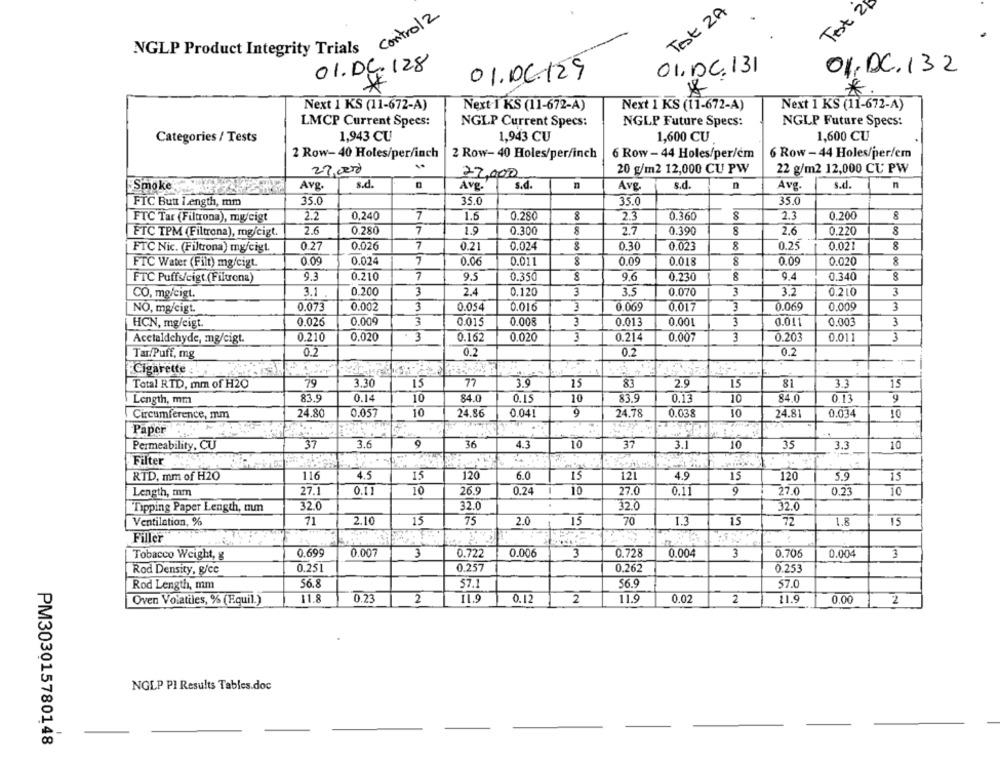
Test 24
Test 2A
NGLP Product Integrity Trials control2
01. DE. 128
01.02.131
01.DC.132
01.06.129
*
Next 1 KS (11-672-A)
Next 1 KS (11-672-A)
Next 1 KS (11-672-A)
Next 1 KS (11-672-A)
COME
LMCP Current Specs:
NGLP Current Specs:
NGLP Future Specs:
NGLP Future Specs:
1,943 CU
1,943 CU
1,600 CU
1,600 CU
Categories / Tests
2 Row- 40 Holes/per/inch
6 Row - 44 Holes/per/cm
6 Row - 44 Holes/per/em
2 Row- 40 Holes/per/inch
20 g/m2 12,000 CU PW
22 g/m2 12,000 CU PW
27,0000
22,000
s.d.
Smoke
Avg.
AVE.'
s.d.
Avg
s.d.
n
Avg.
s.d.
n
FTC Butt Length, mm
35.0
35.0
35.0
35.0
7
8
FTC Tar (Filtrona), my/cigt
2.2
0,240
1.6
0.280
8
2.3
0.360
2.3
0.200
2.6
0.280
7
8
8
ETC TPM (Filtrona), mg/cigt.
1.9
0.300
2.7
0.390
2.6
0.220
0.27
0.026
7
0.024
0.30
0.25
0.021
8
FTC Nic. (Filtrona) my/cigt.
0.21
8
0.023
8
0.09
0.024
7
0.06
0.011
0.09
0.09
8
FTC Water (Filt) mg/cigt.
8
0.018
8
0.020
7
9.6
9.4
0.340
8
FTC Puffs/cigt (Filtrona)
9.3
0.210
9.5
0.350
8
0.230
8
3
3
CO, mg/cigt.
3.1
0.200
2.4
0.120
3
3.5
0.070
3
3.2
0.210
0.073
0.002
3
0.054
0.016
3
0.069
0.017
0.069
0.009
3
NO, mg/cigt.
3
0.026
0.009
3
0.015
0.008
3
0.013
0.001
3
0.011
0.003
3
HCN, mg/cigt.
3
0.162
0.214
3
Acetaldehyde, mg/cigt.
0.210
0.020
0.020
3
0.007
3
0.203
0.011
0.2
0.2
0.2
0.2
Tar/Puff, mg
Cigarette
79
3.30
15
77
83
15
15
Total RTD, mm of H2O
3.9
15
2.9
81
3.3
83.9
0.14
10
84.0
0.15
10
83.5
0.13
10
84.0
0.13
Length, mm
24.80
0.057
10
24.86
0.041
24.78
0.038
10
24.81
0.034
10
Circumference, mm
Paper
37
9
36
4.3
10
37
10
Permeability, CU
3.6
3.1
35
3.3
10
Filter
4.5
120
6.0
15
120
RTD, mm of H2O
116
15
121
4.9
15
5.9
15
26.9
0.24
10
Length, mm
27.1
0.11
10
27.0
0.11
9
27.0
0.23
10
32.0
32.0
32.0
Tipping Paper Length, mm
32.0
71
15
75
2.0
70
15
Ventilation, %
2.10
15
1.3
72
1.8
15
Filler
0.007
0.006
0.728
Tobacco Weight, g
0.699
3
0.722
3
0.004
3
0.705
0.004
3
0.257
Rod Density, g/cc
0.25L
0,262
0.253
Rod Length, mm
56.8
57.1
56.9
57.0
Oven Volatiles, % (E.quil.)
11.8
0.23
2
11.9
0. 12
2
11.9
0.02
2
11.9
0.00
2
NGLP PI Results Tables.doc
PM303015780148